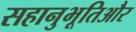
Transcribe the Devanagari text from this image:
सहानुभूतिऔर